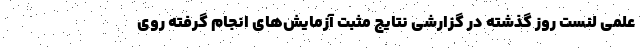
علمی لنست روز گذشته در گزارشی نتایج مثبت آزمایش‌های انجام گرفته روی